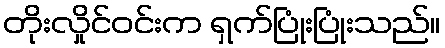
တိုးလှိုင်ဝင်းက ရှက်ပြုံးပြုံးသည်။